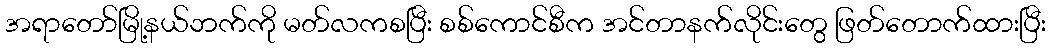
အရာတော်မြို့နယ်ဘက်ကို မတ်လကစပြီး စစ်ကောင်စီက အင်တာနက်လိုင်းတွေ ဖြတ်တောက်ထားပြီး